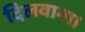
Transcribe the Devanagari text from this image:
दिलवाना।